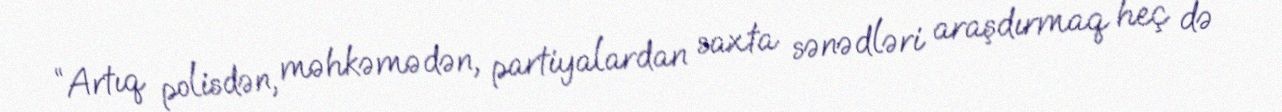
“Artıq polisdən, məhkəmədən, partiyalardan saxta sənədləri araşdırmaq heç də